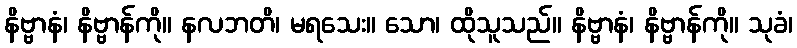
နိဗ္ဗာနံ၊ နိဗ္ဗာန်ကို။ နလဘတိ၊ မရသေး။ သော၊ ထိုသူသည်။ နိဗ္ဗာနံ၊ နိဗ္ဗာန်ကို။ သုခံ၊